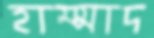
হাম্মাদ